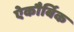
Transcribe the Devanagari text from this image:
ऐकौर्बिक